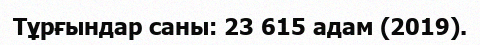
Тұрғындар саны: 23 615 адам (2019).